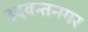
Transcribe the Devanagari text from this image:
उदवन्तनगर